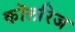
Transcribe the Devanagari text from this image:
कॊलरिज